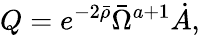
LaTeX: Q=e^{-2\bar{\rho}}\bar{\Omega}^{a+1}\dot{A},